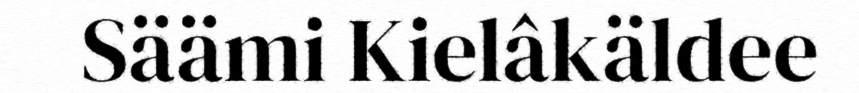
Säämi Kielâkäldee